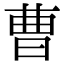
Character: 曹